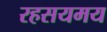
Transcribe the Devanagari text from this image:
रहसयमय